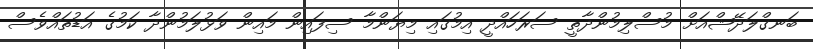
ބަނގްލަދޭޝްއަށް މުސްލިމުންދާތީ ސަރަހައްދީ އިމުގައި މިޔަންމާ ސިފައިން މައިން ވަޅުލަމުންދާ ކަމުގެ އަޑުތައްވެސް